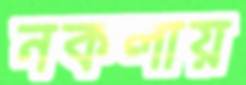
নকলায়